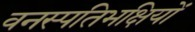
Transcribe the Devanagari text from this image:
वनस्पतिभक्षियों